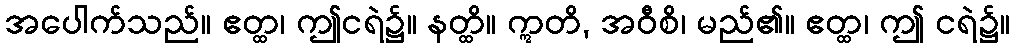
အပေါက်သည်။ ဧတ္ထ၊ ဤငရဲ၌။ နတ္ထိ။ ဣတိ, အဝီစိ၊ မည်၏။ ဧတ္ထ၊ ဤ ငရဲ၌။